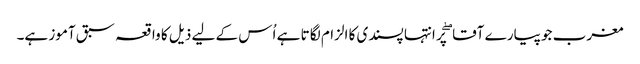
مغرب جو پیارے آقا ۖ پر انتہا پسندی کا الزام لگا تا ہے اُس کے لیے ذیل کا واقعہ سبق آموز ہے۔